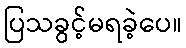
ပြသခွင့်မရခဲ့ပေ။